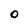
Character: O